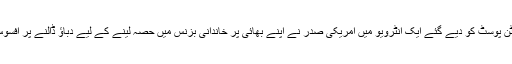
گزشتہ برس واشنگٹن پوسٹ کو دیے گئے ایک انٹرویو میں امریکی صدر نے اپنے بھائی پر خاندانی بزنس میں حصہ لینے کے لیے دباؤ ڈالنے پر افسوس کا اظہار کیا تھا۔